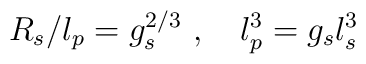
R_s/l_p = g_s^{2/3}\ ,\quad l_p^3 = g_s l_s^3